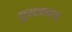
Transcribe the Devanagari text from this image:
मुसलमान्द